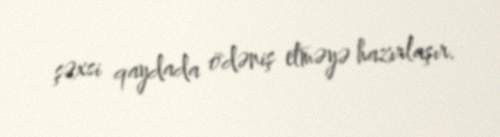
şəxsi qaydada ödəniş etməyə hazırlaşır.